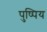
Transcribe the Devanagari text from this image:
पुष्पिय